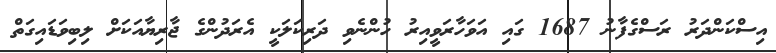
އިސްކަންދަރު ރަސްގެފާނު 1687 ގައި އަވަހާރަވީއިރު ހުންނެވި ދަރިކަލަކީ އެރަދުންގެ ޖާރިޔާއަކަށް ލިބިވަޑައިގަތް